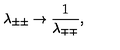
\lambda _ { \pm \pm } \rightarrow { \frac { 1 } { \lambda _ { \mp \mp } } } ,